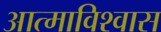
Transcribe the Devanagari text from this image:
आत्माविश्वास